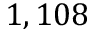
1 , 1 0 8